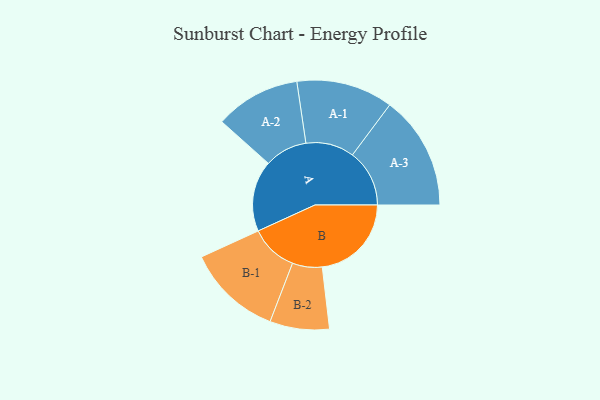
{"axis": {"x": "Segment", "y": "Value"}, "legend": ["", "A", "B"], "data": [{"x": "A", "y": 351, "type": ""}, {"x": "B", "y": 441, "type": ""}, {"x": "A-1", "y": 239, "type": "A"}, {"x": "A-2", "y": 211, "type": "A"}, {"x": "A-3", "y": 282, "type": "A"}, {"x": "B-1", "y": 235, "type": "B"}, {"x": "B-2", "y": 147, "type": "B"}]}